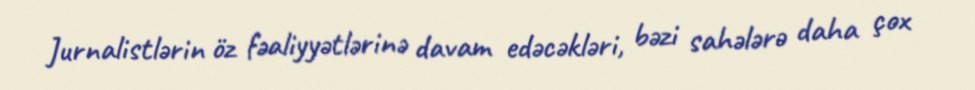
Jurnalistlərin öz fəaliyyətlərinə davam edəcəkləri, bəzi sahələrə daha çox